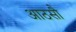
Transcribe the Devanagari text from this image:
आठसौ